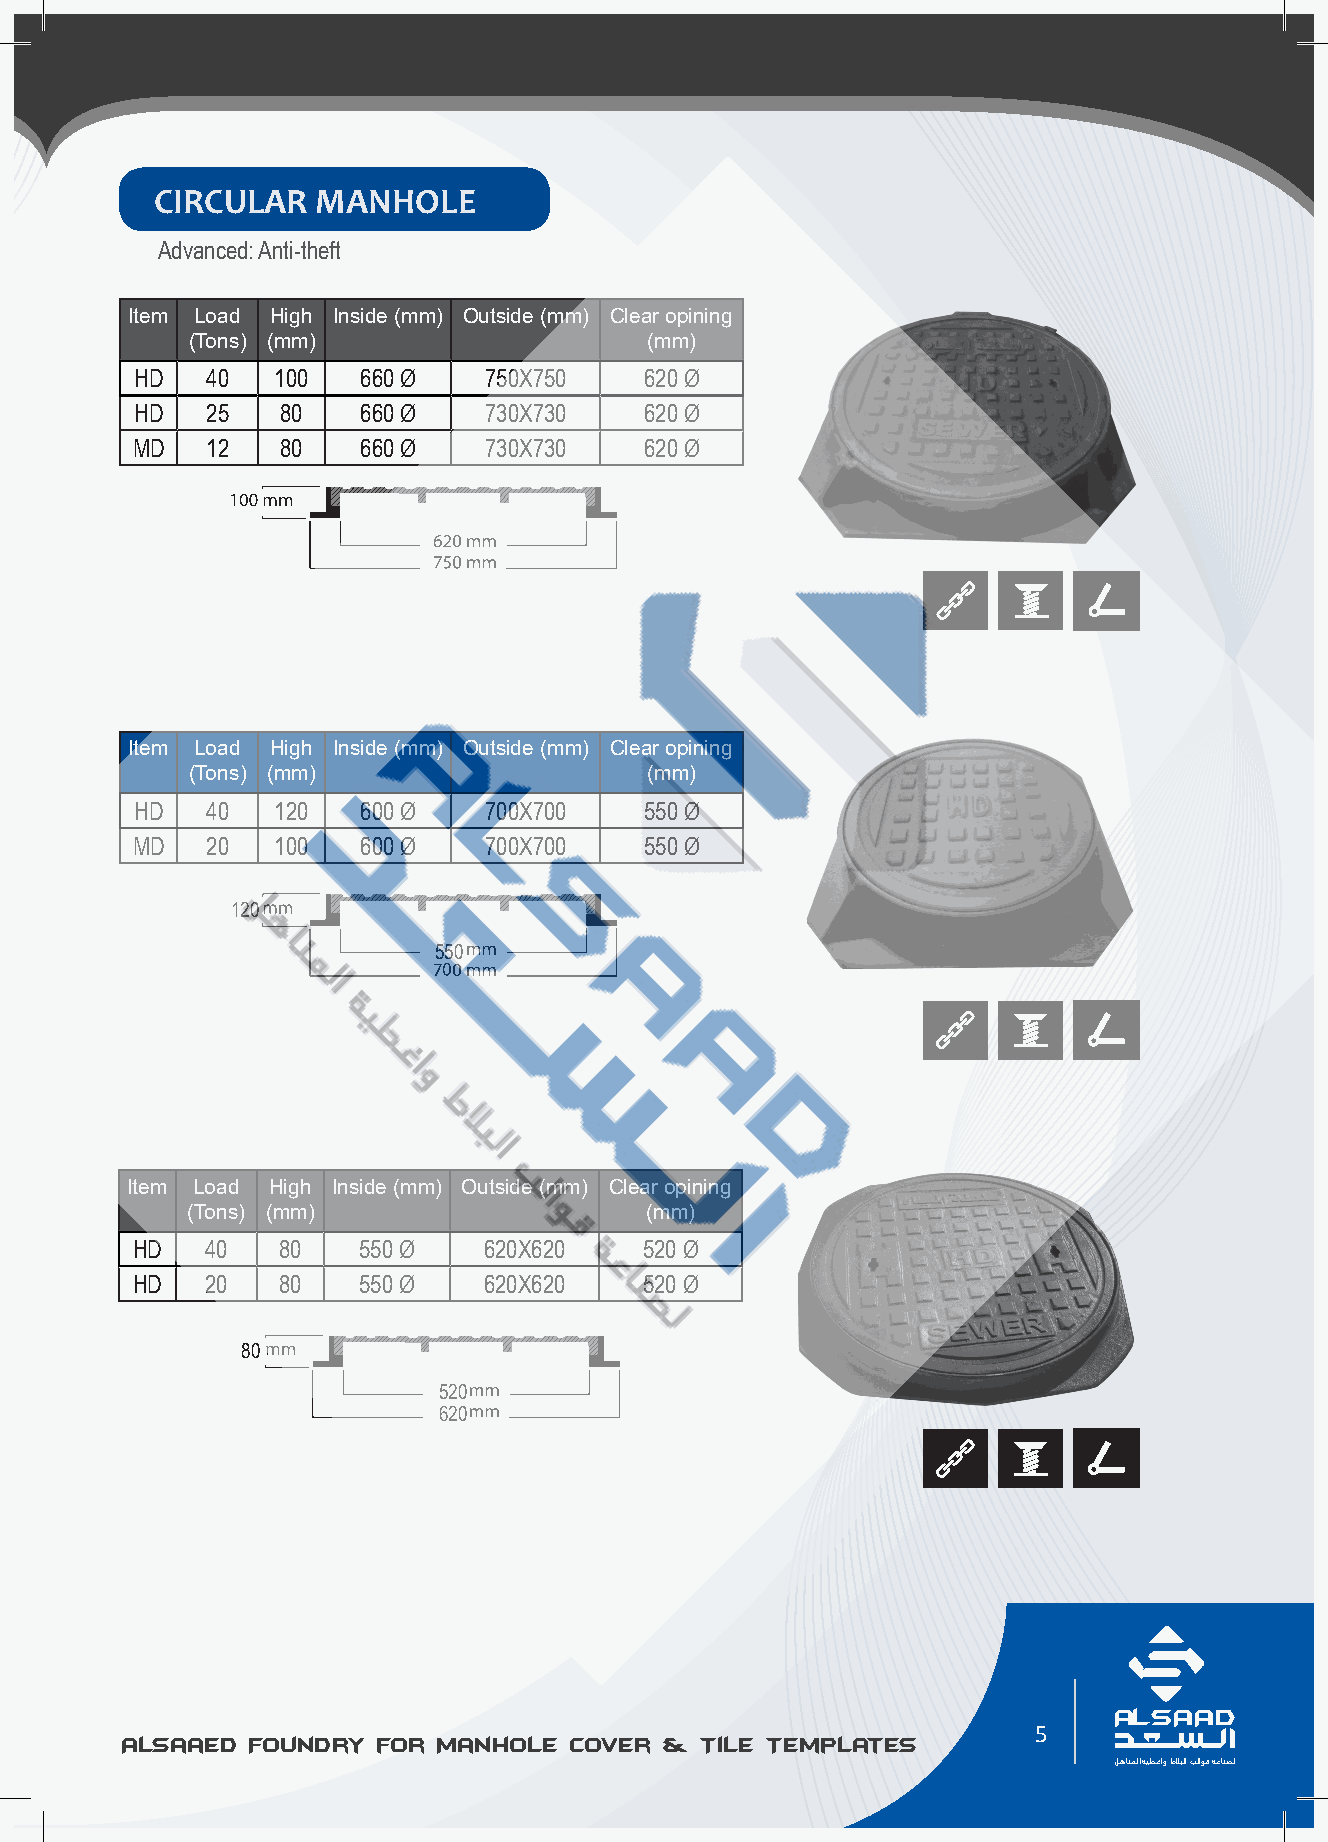
CIRCULAR   MANHOLE
 Advanced: Anti-theft
 Item Load High Inside (mm) Outside (mm) Clear opining
 (Tons) (mm)                    (mm)
 HD   40  100   660 Ø   750X750    620 Ø
 HD   25   80   660 Ø   730X730    620 Ø
 MD   12   80   660 Ø   730X730    620 Ø
 Item Load High Inside (mm) Outside (mm) Clear opining
 (Tons) (mm)                    (mm)
 HD   40  120   600 Ø   700X700    550 Ø
 MD   20  100   600 Ø   700X700    550 Ø
 120
 550
 Item Load High Inside (mm) Outside (mm) Clear opining
 (Tons) (mm)                    (mm)
 HD   40  80    550 Ø   620X620    520 Ø
 HD   20  80    550 Ø   620X620    520 Ø
 80
 520
 620
 AL SAAD                                                                   AL SAAD
 5
 Alsaaed Foundry for Manhole Cover & Tile Templates Alsaaed Foundry for Manhole Cover & Tile Templates
 ﻞﻫﺎﻨﻤﻟا ﺔﻴﻄﻏاو طﻼﺒﻟا ﺐﻟاﻮﻗ ﺔﻋﺎﻨﺼﻟ                                         ﻞﻫﺎﻨﻤﻟا ﺔﻴﻄﻏاو طﻼﺒﻟا ﺐﻟاﻮﻗ ﺔﻋﺎﻨﺼﻟ